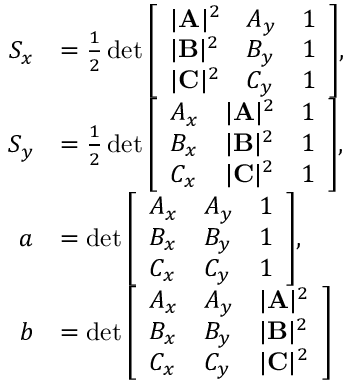
{ \begin{array} { r l } { S _ { x } } & { = { \frac { 1 } { 2 } } \operatorname* { d e t } { \left[ \begin{array} { l l l } { | \mathbf { A } | ^ { 2 } } & { A _ { y } } & { 1 } \\ { | \mathbf { B } | ^ { 2 } } & { B _ { y } } & { 1 } \\ { | \mathbf { C } | ^ { 2 } } & { C _ { y } } & { 1 } \end{array} \right] } , } \\ { S _ { y } } & { = { \frac { 1 } { 2 } } \operatorname* { d e t } { \left[ \begin{array} { l l l } { A _ { x } } & { | \mathbf { A } | ^ { 2 } } & { 1 } \\ { B _ { x } } & { | \mathbf { B } | ^ { 2 } } & { 1 } \\ { C _ { x } } & { | \mathbf { C } | ^ { 2 } } & { 1 } \end{array} \right] } , } \\ { a } & { = \operatorname* { d e t } { \left[ \begin{array} { l l l } { A _ { x } } & { A _ { y } } & { 1 } \\ { B _ { x } } & { B _ { y } } & { 1 } \\ { C _ { x } } & { C _ { y } } & { 1 } \end{array} \right] } , } \\ { b } & { = \operatorname* { d e t } { \left[ \begin{array} { l l l } { A _ { x } } & { A _ { y } } & { | \mathbf { A } | ^ { 2 } } \\ { B _ { x } } & { B _ { y } } & { | \mathbf { B } | ^ { 2 } } \\ { C _ { x } } & { C _ { y } } & { | \mathbf { C } | ^ { 2 } } \end{array} \right] } } \end{array} }